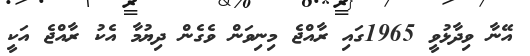
އޭނާ ވިދާޅުވީ 1965ގައި ރާއްޖެ މިނިވަން ވެގެން ދިޔުމާ އެކު ރާއްޖެ އަކީ